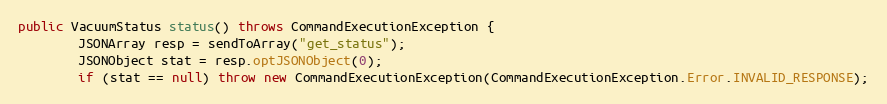
Language: Java
public VacuumStatus status() throws CommandExecutionException {
        JSONArray resp = sendToArray("get_status");
        JSONObject stat = resp.optJSONObject(0);
        if (stat == null) throw new CommandExecutionException(CommandExecutionException.Error.INVALID_RESPONSE);